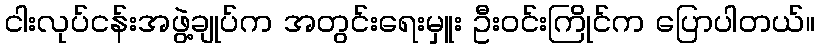
ငါးလုပ်ငန်းအဖွဲ့ချုပ်က အတွင်းရေးမှူး ဦးဝင်းကြိုင်က ပြောပါတယ်။